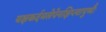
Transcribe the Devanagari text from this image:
यक्षकर्दमलेपेनक्षिप्त्वापुष्पैः